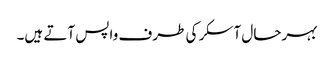
بہرحال آسکر کی طرف واپس آتے ہیں۔